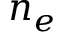
n _ { e }